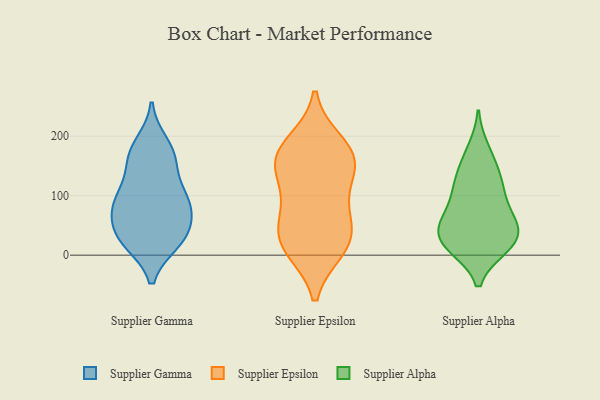
{"axis": {"x": "Population (Million)", "y": "Value"}, "legend": ["Supplier Alpha", "Supplier Epsilon", "Supplier Gamma"], "data": [{"x": "", "y": 165, "type": "Supplier Gamma"}, {"x": "", "y": 23, "type": "Supplier Gamma"}, {"x": "", "y": 67, "type": "Supplier Gamma"}, {"x": "", "y": 159, "type": "Supplier Gamma"}, {"x": "", "y": 109, "type": "Supplier Gamma"}, {"x": "", "y": 166, "type": "Supplier Gamma"}, {"x": "", "y": 97, "type": "Supplier Gamma"}, {"x": "", "y": 41, "type": "Supplier Gamma"}, {"x": "", "y": 187, "type": "Supplier Gamma"}, {"x": "", "y": 82, "type": "Supplier Gamma"}, {"x": "", "y": 22, "type": "Supplier Gamma"}, {"x": "", "y": 24, "type": "Supplier Gamma"}, {"x": "", "y": 40, "type": "Supplier Gamma"}, {"x": "", "y": 93, "type": "Supplier Gamma"}, {"x": "", "y": 86, "type": "Supplier Gamma"}, {"x": "", "y": 168, "type": "Supplier Epsilon"}, {"x": "", "y": 188, "type": "Supplier Epsilon"}, {"x": "", "y": 171, "type": "Supplier Epsilon"}, {"x": "", "y": 72, "type": "Supplier Epsilon"}, {"x": "", "y": 11, "type": "Supplier Epsilon"}, {"x": "", "y": 73, "type": "Supplier Epsilon"}, {"x": "", "y": 21, "type": "Supplier Epsilon"}, {"x": "", "y": 36, "type": "Supplier Epsilon"}, {"x": "", "y": 16, "type": "Supplier Epsilon"}, {"x": "", "y": 144, "type": "Supplier Epsilon"}, {"x": "", "y": 158, "type": "Supplier Epsilon"}, {"x": "", "y": 127, "type": "Supplier Epsilon"}, {"x": "", "y": 107, "type": "Supplier Alpha"}, {"x": "", "y": 178, "type": "Supplier Alpha"}, {"x": "", "y": 159, "type": "Supplier Alpha"}, {"x": "", "y": 30, "type": "Supplier Alpha"}, {"x": "", "y": 57, "type": "Supplier Alpha"}, {"x": "", "y": 103, "type": "Supplier Alpha"}, {"x": "", "y": 14, "type": "Supplier Alpha"}, {"x": "", "y": 47, "type": "Supplier Alpha"}, {"x": "", "y": 23, "type": "Supplier Alpha"}, {"x": "", "y": 63, "type": "Supplier Alpha"}, {"x": "", "y": 128, "type": "Supplier Alpha"}, {"x": "", "y": 67, "type": "Supplier Alpha"}, {"x": "", "y": 13, "type": "Supplier Alpha"}, {"x": "", "y": 126, "type": "Supplier Alpha"}, {"x": "", "y": 13, "type": "Supplier Alpha"}, {"x": "", "y": 41, "type": "Supplier Alpha"}]}